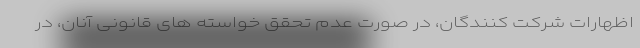
اظهارات شرکت کنندگان، در صورت عدم تحقق خواسته های قانونی آنان، در